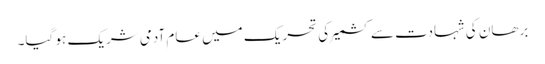
برھان کی شہادت سے کشمیر کی تحریک میں عام آدمی شریک ہو گیا۔